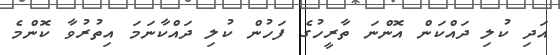
އަދި ކުލި ދައްކަން އޮންނަ ތާރީހުގެ ފަހުން ކުލި ދައްކާނަމަ އިތުރުވާ ކޮންމެ